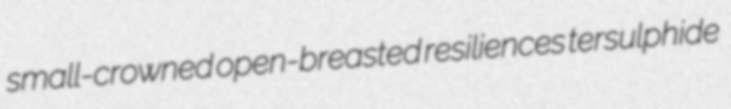
small-crowned open-breasted resiliences tersulphide